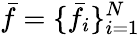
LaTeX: \bar{f}=\{ \bar{f}_{i}\} _{i=1}^{N}